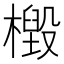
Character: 檓